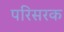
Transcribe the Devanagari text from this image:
परिसरक